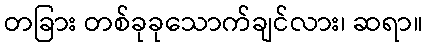
တခြား တစ်ခုခုသောက်ချင်လား၊ ဆရာ။